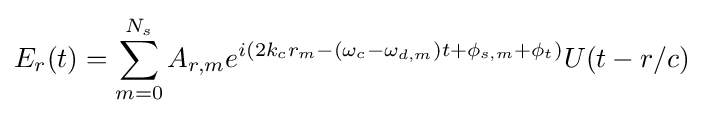
E_{r}(t)=\sum _{m=0}^{N_{s}}A_{r,m}e^{i({2k_{c}r_{m}-(\omega _{c}-\omega _{d,m})t+\phi _{s,m}+\phi _{t}})}U(t-r/c)